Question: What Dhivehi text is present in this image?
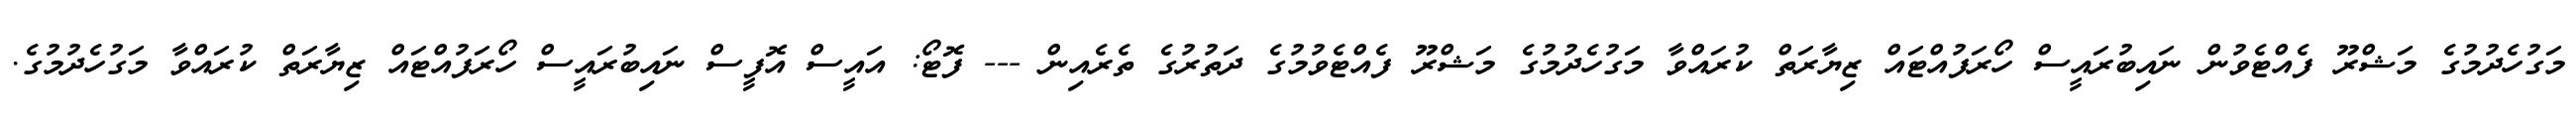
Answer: މަގުހެދުމުގެ މަޝްރޫ ފެއްޓެވުން ނައިބުރައީސް ހޯރަފުއްޓައް ޒިޔާރަތް ކުރައްވާ މަގުހެދުމުގެ މަޝްރޫ ފެއްޓެވުމުގެ ދަތުރުގެ ތެރެއިން --- ފޮޓޯ: އައީސް އޮފީސް ނައިބުރައީސް ހޯރަފުއްޓައް ޒިޔާރަތް ކުރައްވާ މަގުހެދުމުގެ.